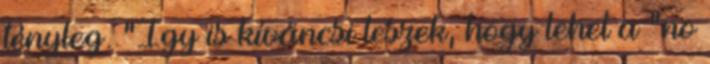
tényleg. “Így is kíváncsi leszek, hogy lehet a “no